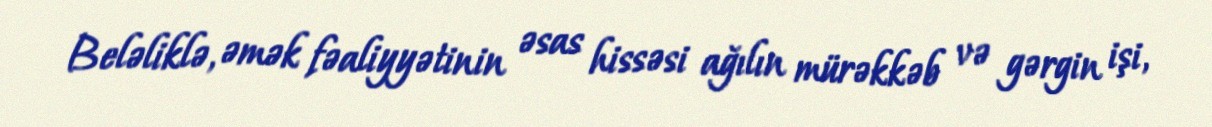
Beləliklə, əmək fəaliyyətinin əsas hissəsi ağılın mürəkkəb və gərgin işi,